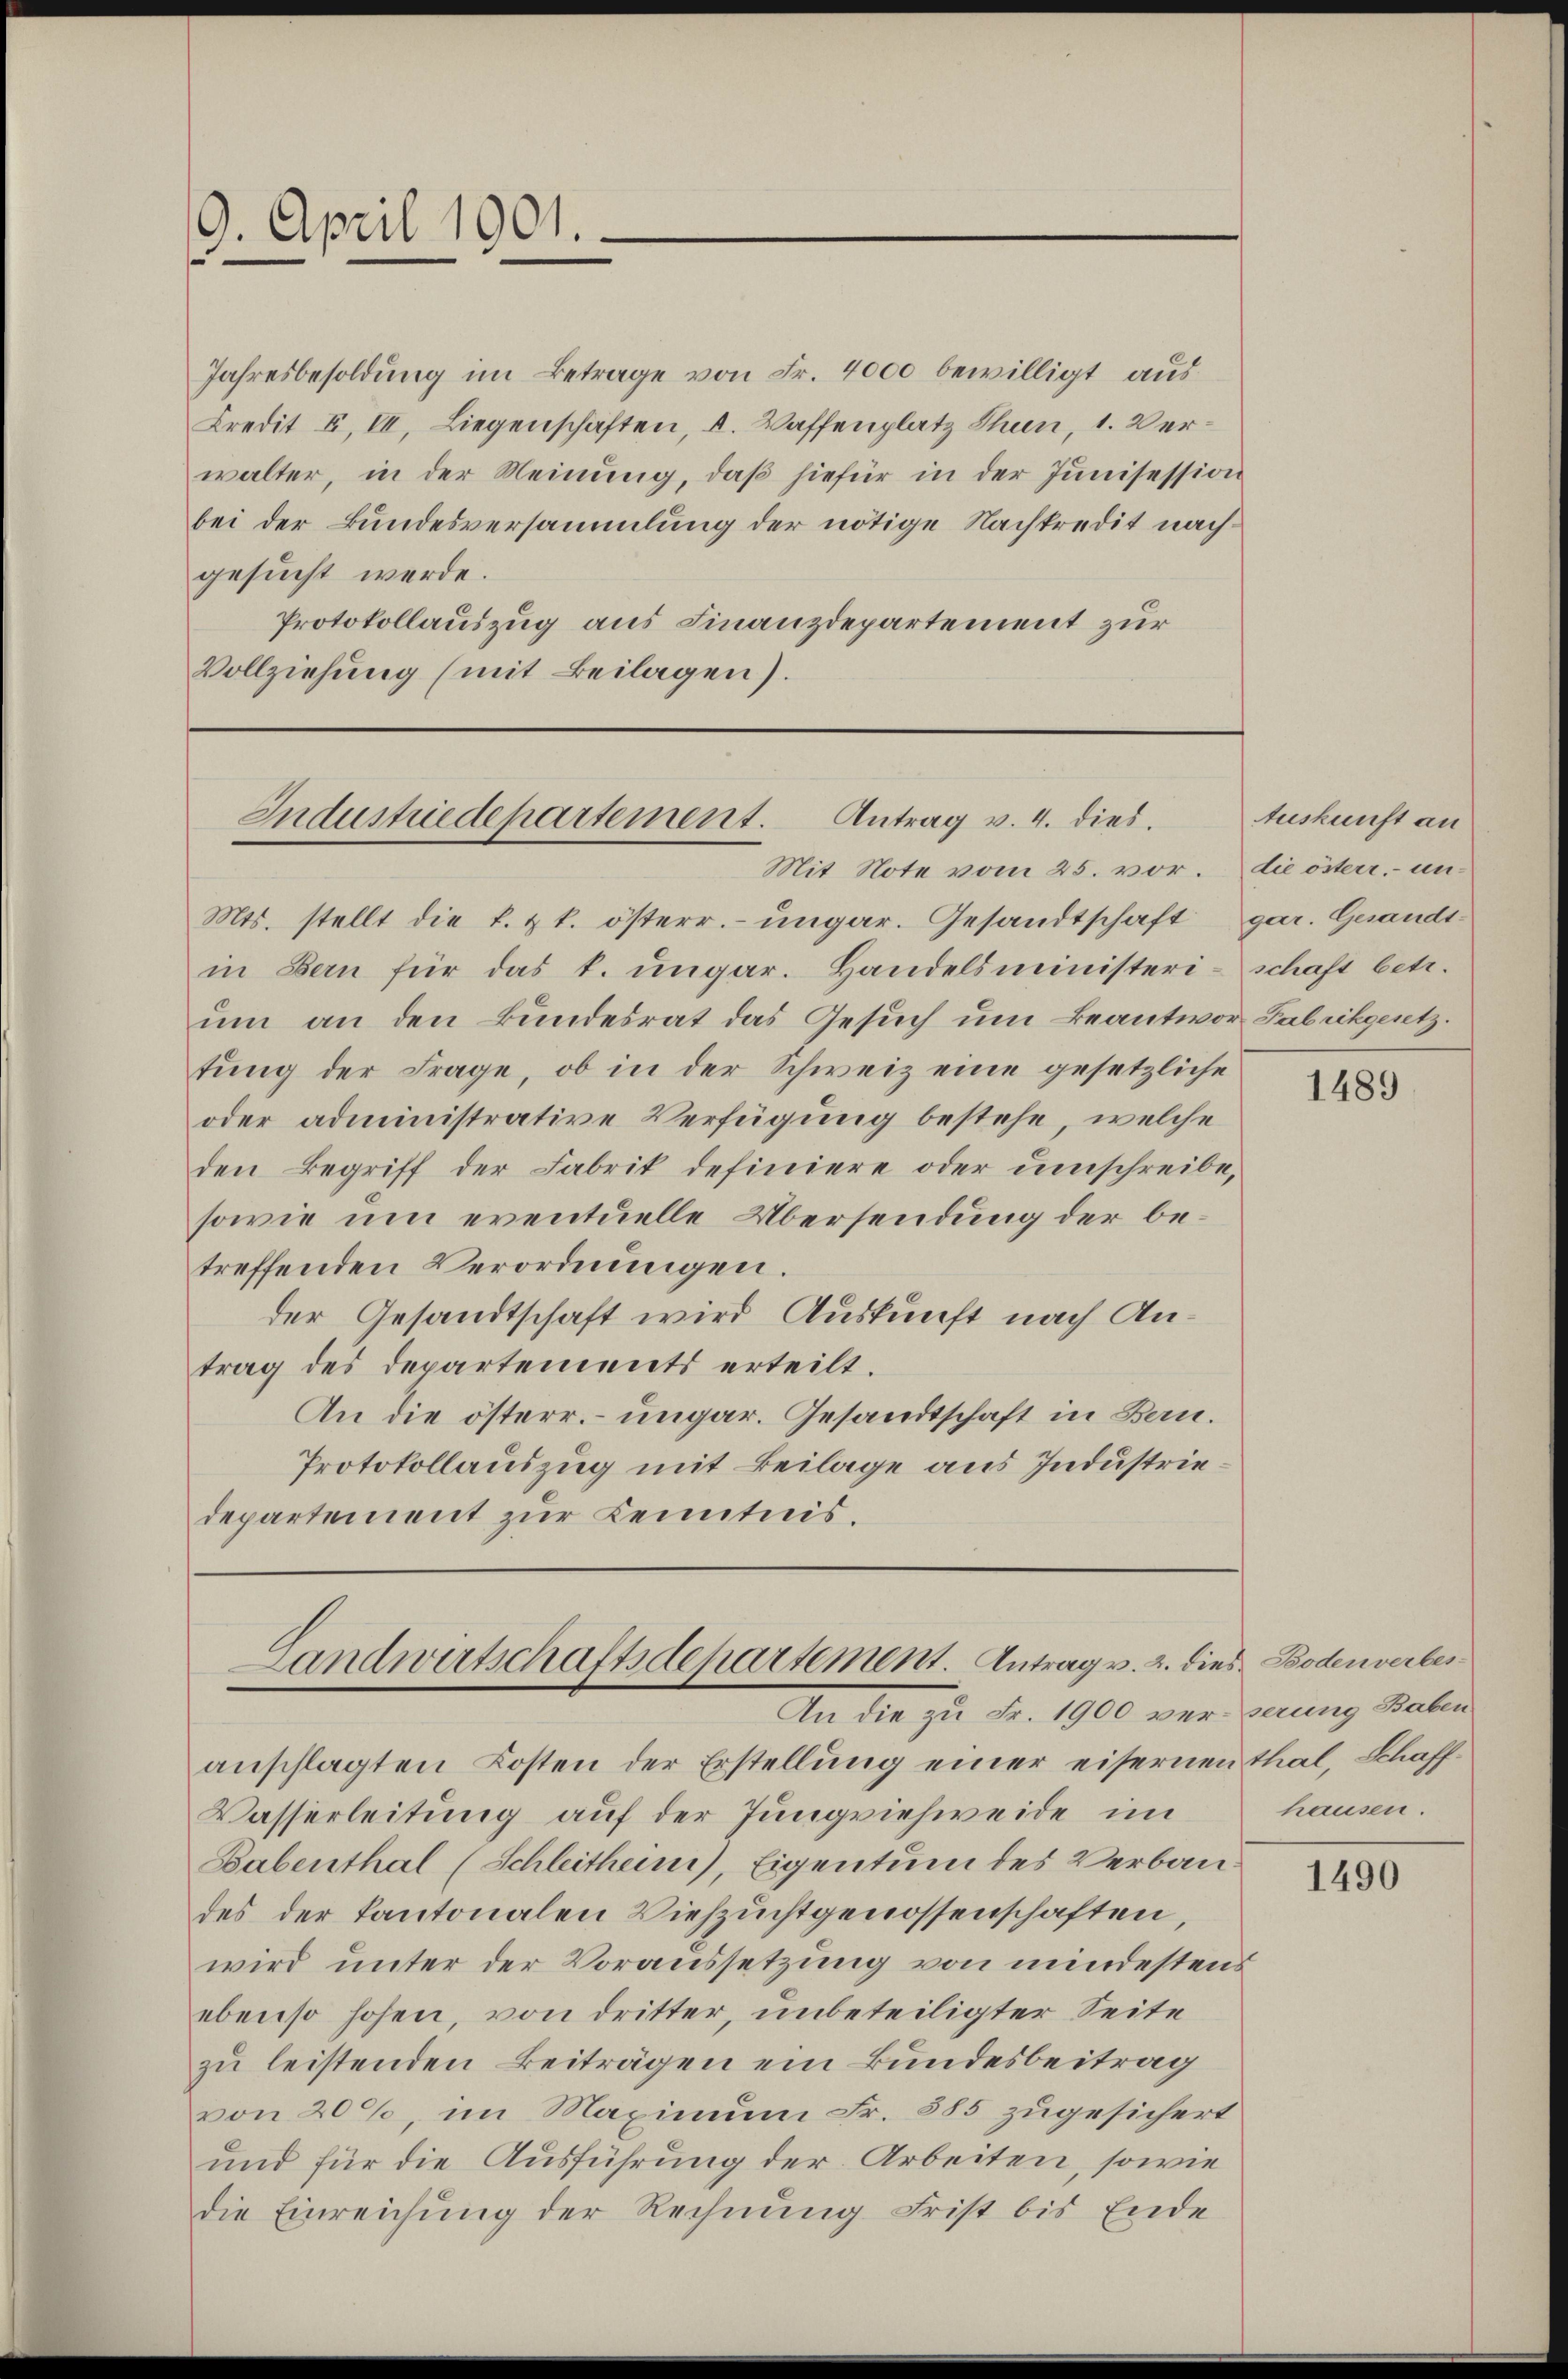
9. April 1901.

Jahresbesoldung im Betrage von Fr. 4000 bewilligt aus
Kredit F. II. Liegenschaften, u. Waffenplatz thun, 1. Verwalter, in der Meinung, daß hiefür in der Junisession
bei der Bundesversammlung der nötige Nachtredit nachgesucht werde.
Protokollauszug aus Finanzdepartement zur
Vollziehung (mit Beilagen).

Industriedepartement. Antrag v. 4. dies

Mit Note vom 25. vor.
Mts. stellt die k. k. österr. ungar. Gesandtschaft gar. Gesandt-
in Bern für das k. ungar. Handelsministerischaft betr.
um an den Bundesrat das Gesuch um Beantwor Fabrikgesetz
tung der Frage, ob in der Schweiz eine gesetzliche
oder administrative Verfügung bestehe, welche
den Begriff der Fabrik definiere oder umschreibe,
sowie um eventuelle Übersendung der betreffenden Verordnungen.
der Gesandtschaft wird Auskunft nach Antrag des Departements erteilt.
An die österr. ungar. Gesandtschaft in Bern.
Protokollauszug mit Beilage aus Industriedepartement zur Kenntnis.

Landwirtschaftsdepartement. Antrag v. 2. dies Bodenverbes¬
An die zu Fr. 1900 von Berung Baben

anschlagten Kosten der Erstellung einer eisernen thal, Schaff¬
Wasserleitung auf der Jungviehweide im
Sabenthal (Schleitheim), Eigentum des Verbaudes der Kantonalen Viehzuchtgenossenschaften,
wird unter der Voraussetzung von mindestens
ebenso hohen, von dritter, unbeteiligter Seite
zu leistenden Beiträgen ein Bundesbeitrag
von 20%, im Maximum Fr. 885 zugesichert
und für die Ausführung der Arbeiten, sowie
die Einreichung der Rechnung Frist bis Ende

Auskunft an
die österr. un-

1489

hausen.

1490